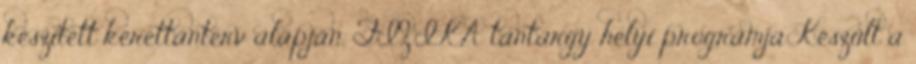
készített kerettanterv alapján. FIZIKA tantárgy helyi programja Készült a